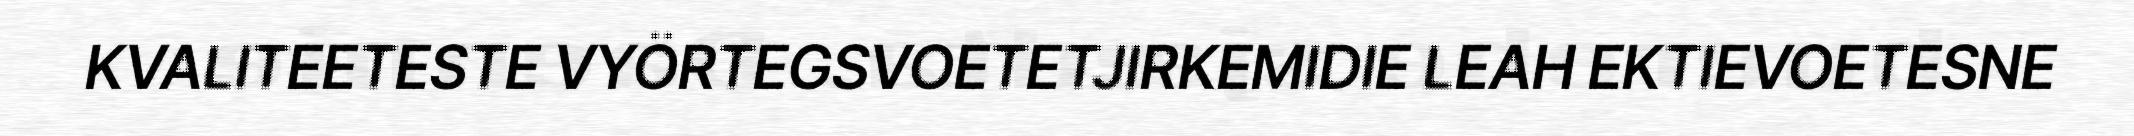
KVALITEETESTE VYÖRTEGSVOETETJIRKEMIDIE LEAH EKTIEVOETESNE